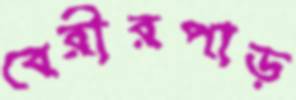
বেরীরপাড়